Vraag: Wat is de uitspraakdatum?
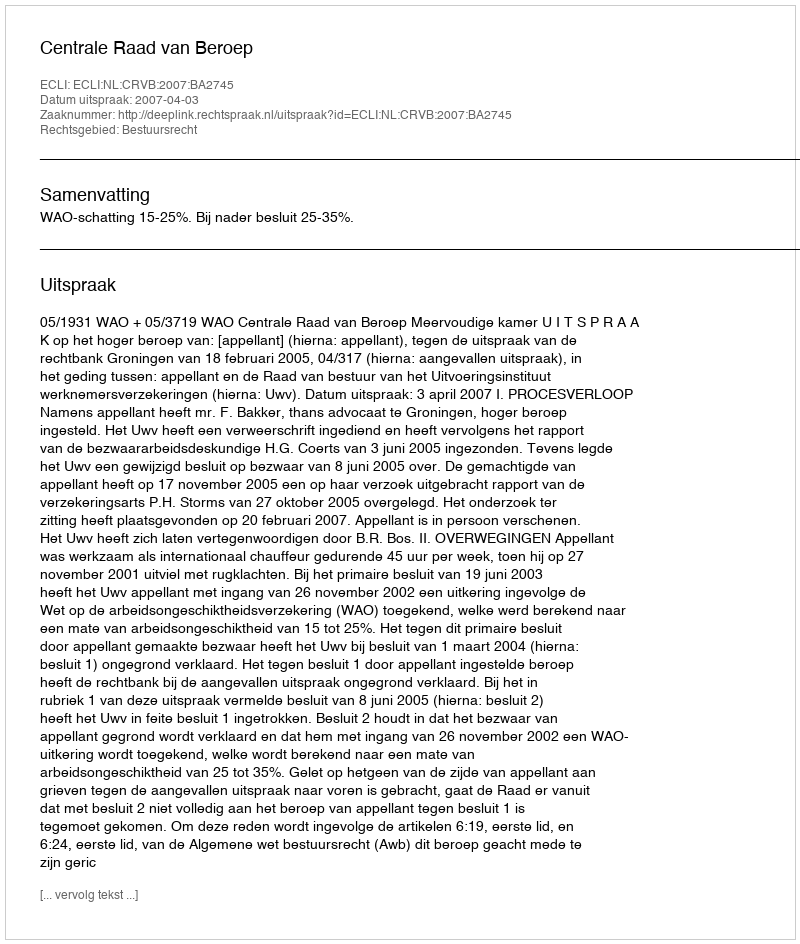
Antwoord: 2007-04-03